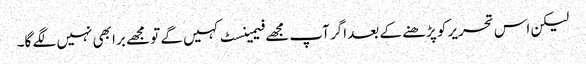
لیکن اس تحریر کو پڑھنے کے بعد اگر آپ مجھے فیمینسٹ کہیں گے تو مجھے برا بھی نہیں لگے گا۔